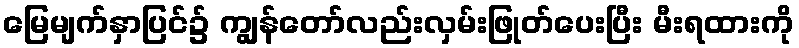
မြေမျက်နှာပြင်၌ ကျွန်တော်လည်းလှမ်းဖြုတ်ပေးပြီး မီးရထားကို